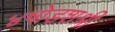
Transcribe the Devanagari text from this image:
४षोडशश्री